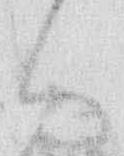
く